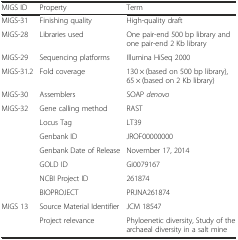
| MIGS ID | Property | Term |
 | --- | --- | --- |
 | MIGS-31 | Finishing quality | High-quality draft |
 | MIGS-28 | Libraries used | One pair-end 500 bp library and one pair-end 2 Kb library |
 | MIGS-29 | Sequencing platforms | Illumina HiSeq 2000 |
 | MIGS-31.2 | Fold coverage | 130 × (based on 500 bp library), 65 × (based on 2 Kb library) |
 | MIGS-30 | Assemblers | SOAP denovo |
 | MIGS-32 | Gene calling method | RAST |
 |  | Locus Tag | LT39 |
 |  | Genbank ID | JROF00000000 |
 |  | Genbank Date of Release | November 17, 2014 |
 |  | GOLD ID | Gi0079167 |
 |  | NCBI Project ID | 261874 |
 |  | BIOPROJECT | PRJNA261874 |
 | MIGS 13 | Source Material Identifier | JCM 18547 |
 |  | Project relevance | Phyloenetic diversity, Study of the archaeal diversity in a salt mine |